65_HS1-834228961_62-HQ-83894_Section_5
Agency: FBI
Page 43
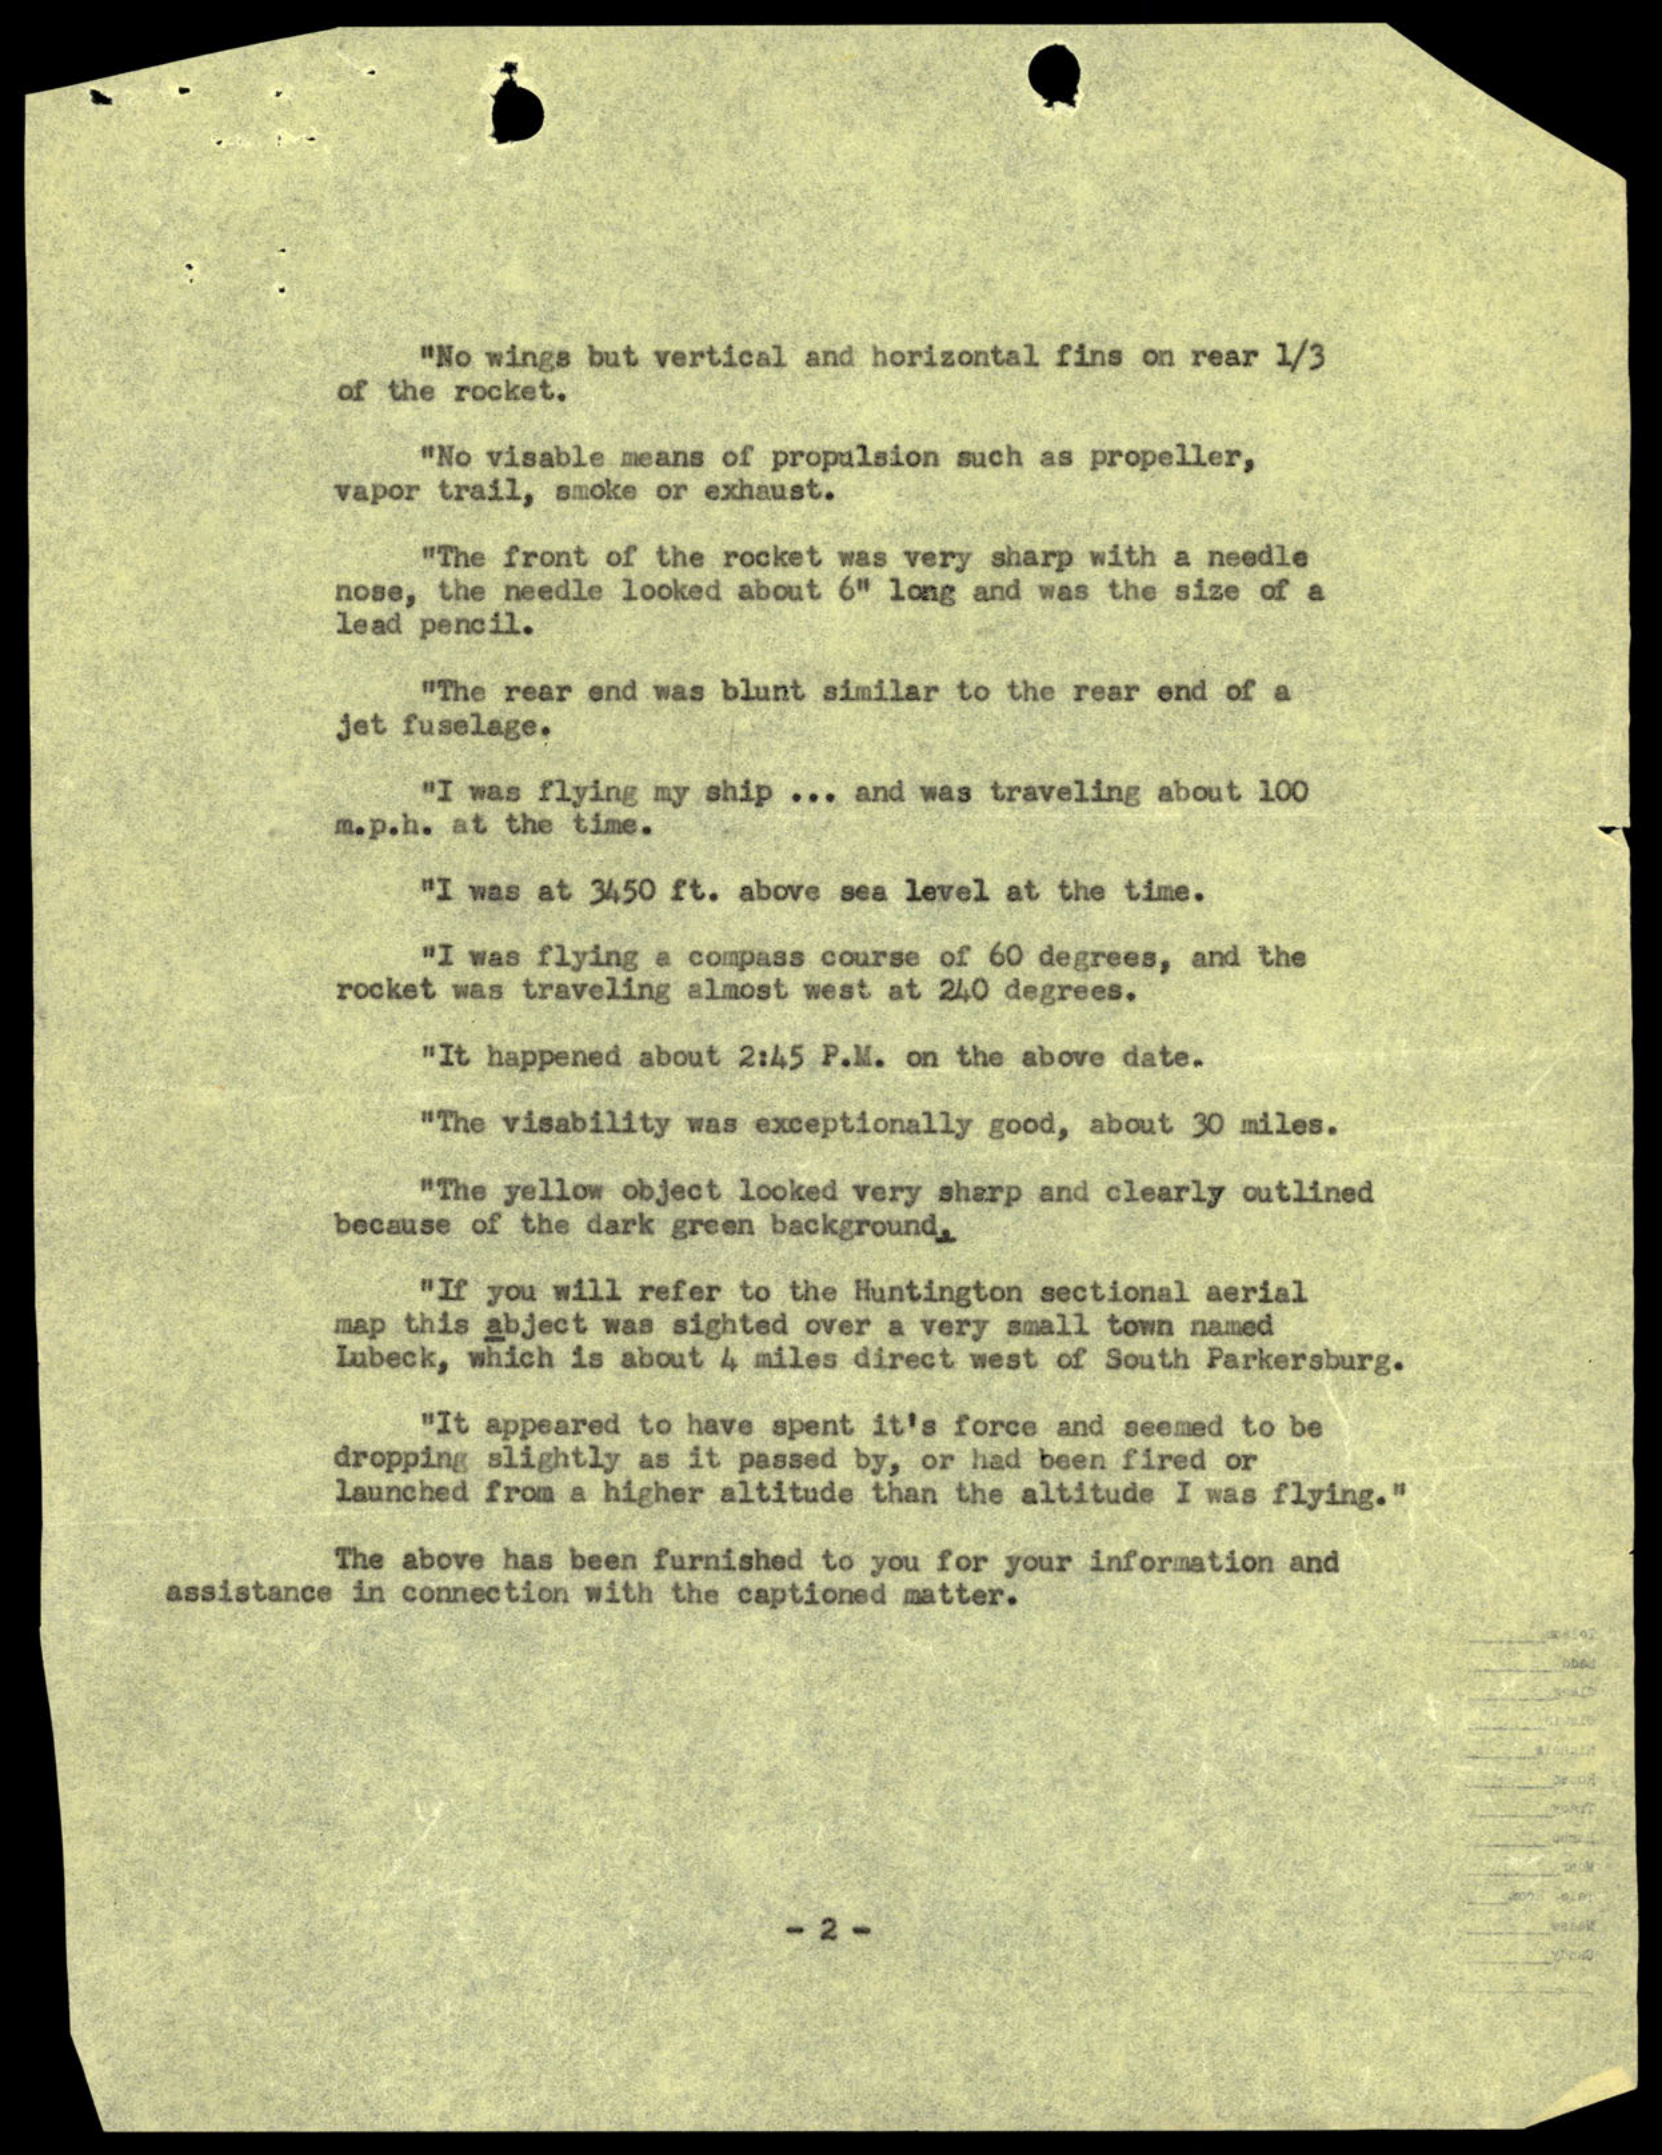